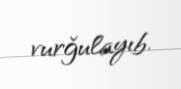
vurğulayıb.